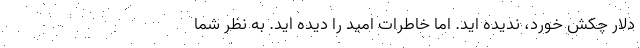
دلار چکش خورد، ندیده اید. اما خاطرات امید را دیده اید. به نظر شما